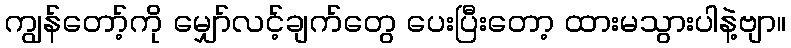
ကျွန်တော့်ကို မျှော်လင့်ချက်တွေ ပေးပြီးတော့ ထားမသွားပါနဲ့ဗျာ။